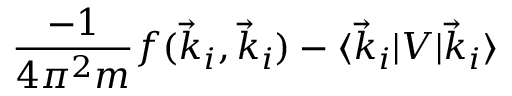
\frac { - 1 } { 4 \pi ^ { 2 } m } f ( \vec { k } _ { i } , \vec { k } _ { i } ) - \langle \vec { k } _ { i } \lvert V \lvert \vec { k } _ { i } \rangle